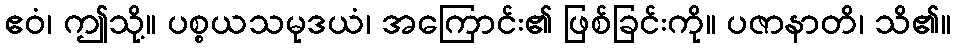
ဧဝံ၊ ဤသို့။ ပစ္စယသမုဒယံ၊ အကြောင်း၏ ဖြစ်ခြင်းကို။ ပဇာနာတိ၊ သိ၏။